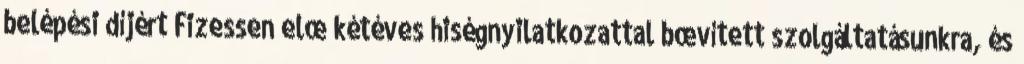
belépési díjért Fizessen elœ kétéves hıségnyilatkozattal bœvített szolgáltatásunkra, és